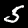
Label: 5